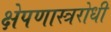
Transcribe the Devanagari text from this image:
क्षेपणास्त्ररोधी